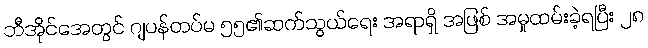
ဘီအိုင်အေတွင် ဂျပန်တပ်မ ၅၅၏ဆက်သွယ်ရေး အရာရှိ အဖြစ် အမှုထမ်းခဲ့ရပြီး ၂၈